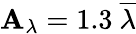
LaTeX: \mathbf{A}_{\lambda}=1.3\ \overline{{{\lambda}}}